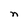
Character: n